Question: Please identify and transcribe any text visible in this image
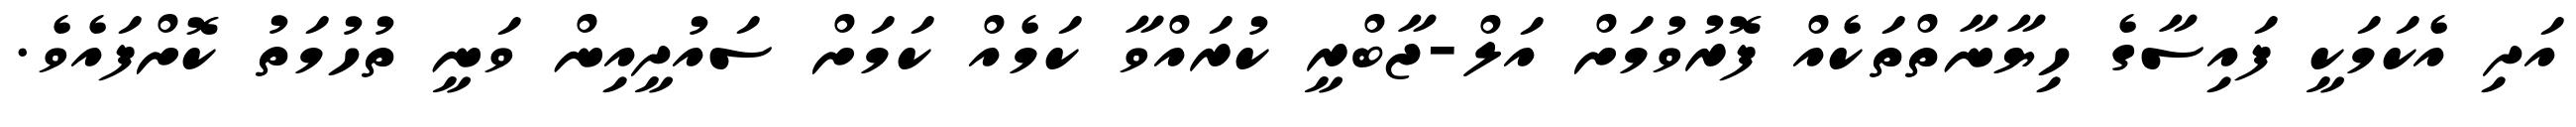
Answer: އަދި އެކަމަކީ ފައިސާގެ ހިޔާނާތްތަކެއް ފޮރުވުމަށް އަލް-ޖާބްރީ ކުރައްވާ ކަމެއް ކަމަށް ސައުދީއިން ވަނީ ތުހުމަތު ކޮށްފައެވެ.